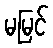
မမြင်